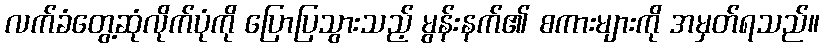
လက်ခံတွေ့ဆုံလိုက်ပုံကို ပြောပြသွားသည့် မွန်းနက်၏ စကားများကို အမှတ်ရသည်။